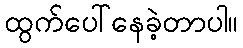
ထွက်ပေါ်နေခဲ့တာပါ။